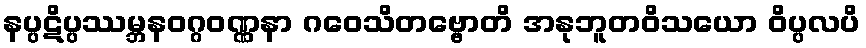
နပ္ပဋိပ္ပဿမ္ဘနဝဂ္ဂဝဏ္ဏနာ ဂဝေသိတဗ္ဗောတိ အနုဘူတဝိသယော ဝိပ္ပလပိ